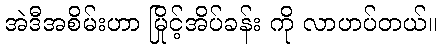
အဲဒီအစိမ်းဟာ မြိုင့်အိပ်ခန်း ကို လာဟပ်တယ်။